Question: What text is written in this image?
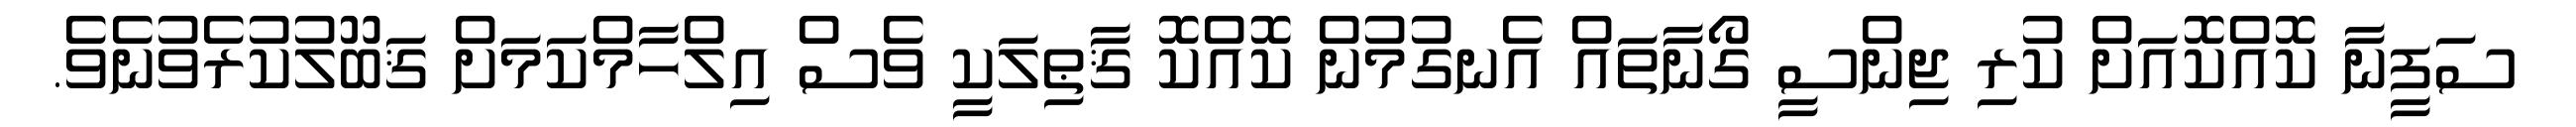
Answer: ސަފީނާ ކޮއްކޮއަށް ކުރި ޖިންސީ ގޯނާތައް އެނގުމުން ކޮއްކޮ ޤާޠިލަކީ ވެސް އިލްހާމްކަމަށް ޤަބޫލުކުރެވުނެވެ.